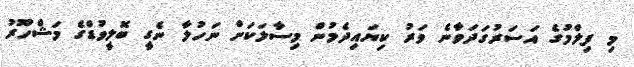
މި ފިލްމުގެ އަސަރުގަދަވާނެ ވަރު ކިޔައިދެމުން މިސާލަކަށް ނަހުލާ ނެގީ ބޮލީވުޑްގެ މަޝްހޫރު